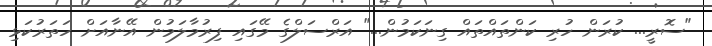
"ސޮރީ... ކުރަން ހުރި ކަންތައްތައް ގިނަކަމުން..." އަރްސަލްގެ މޭގައި ފިރުމާލަމުން އޭނާއަށް ހަތަރުކަޅި